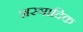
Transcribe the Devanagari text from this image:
शस्त्रादिक